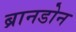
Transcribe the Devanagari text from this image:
ब्रानडोन